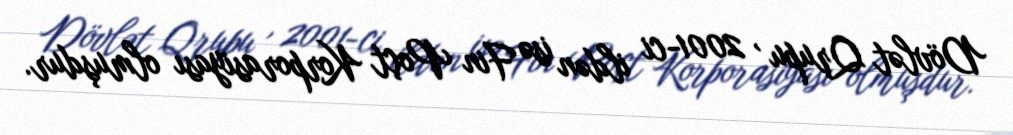
Dövlət Qrupu , 2001-ci ildən isə Fin Poçt Korporasiyası olmuşdur.